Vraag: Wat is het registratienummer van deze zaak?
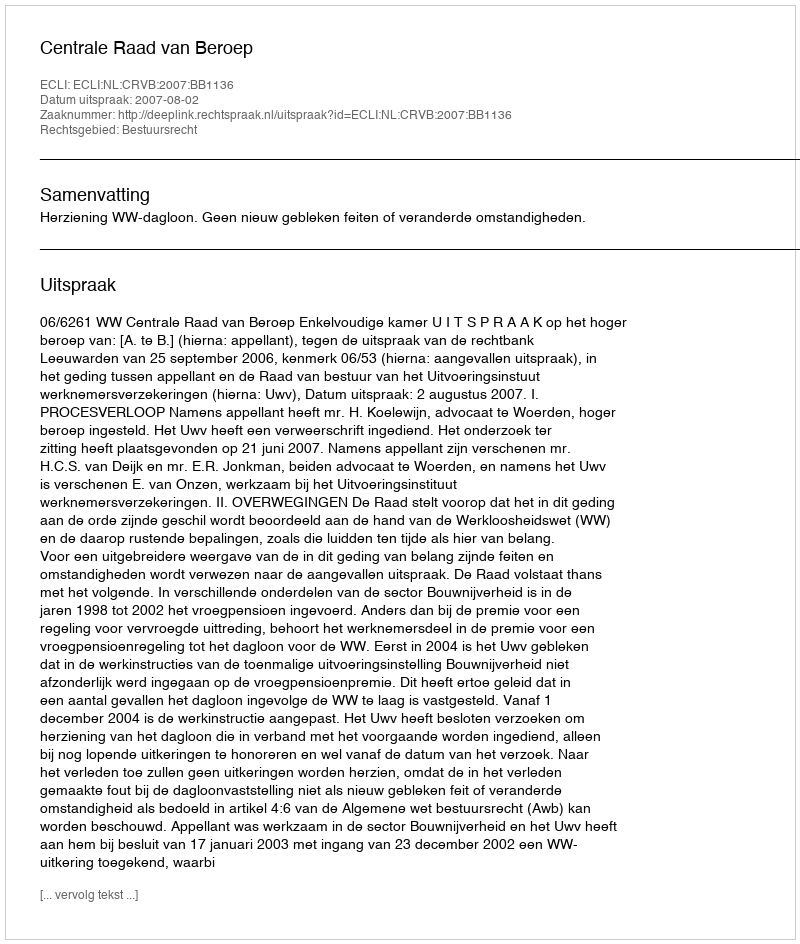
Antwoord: http://deeplink.rechtspraak.nl/uitspraak?id=ECLI:NL:CRVB:2007:BB1136